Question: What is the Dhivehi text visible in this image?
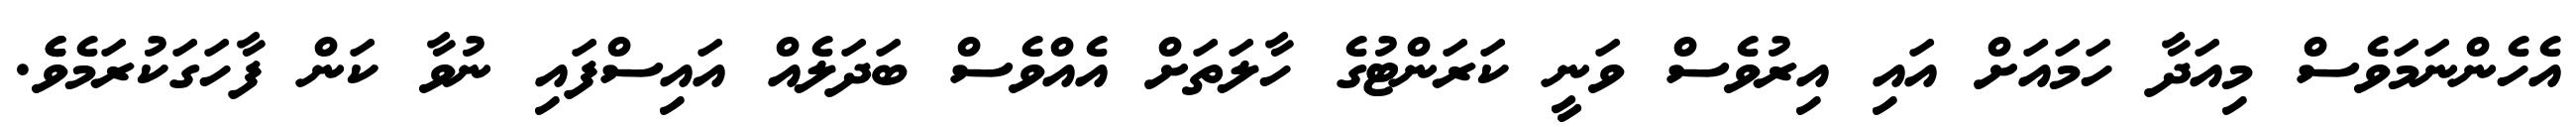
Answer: އެހެންނަމަވެސް މިއަދާ ހަމައަށް އައި އިރުވެސް ވަނީ ކަރަންޓުގެ ހާލަތަށް އެއްވެސް ބަދަލެއް އައިސްފައި ނުވާ ކަން ފާހަގަކުރަމެވެެ.